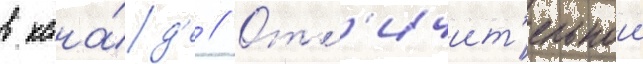
в кана́д'е // Отл'ичит'ельнои